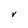
Character: V